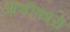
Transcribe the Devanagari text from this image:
आधीकारी